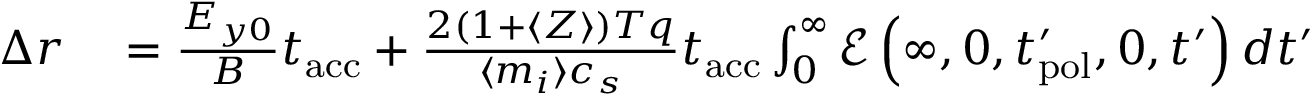
\begin{array} { r l } { \Delta r } & { { } = \frac { E _ { y 0 } } { B } t _ { \mathrm { a c c } } + \frac { 2 ( 1 + \langle Z \rangle ) T q } { \langle m _ { i } \rangle c _ { s } } t _ { \mathrm { a c c } } \int _ { 0 } ^ { \infty } \mathcal { E } \left( \infty , 0 , t _ { \mathrm { p o l } } ^ { \prime } , 0 , t ^ { \prime } \right) d t ^ { \prime } } \end{array}